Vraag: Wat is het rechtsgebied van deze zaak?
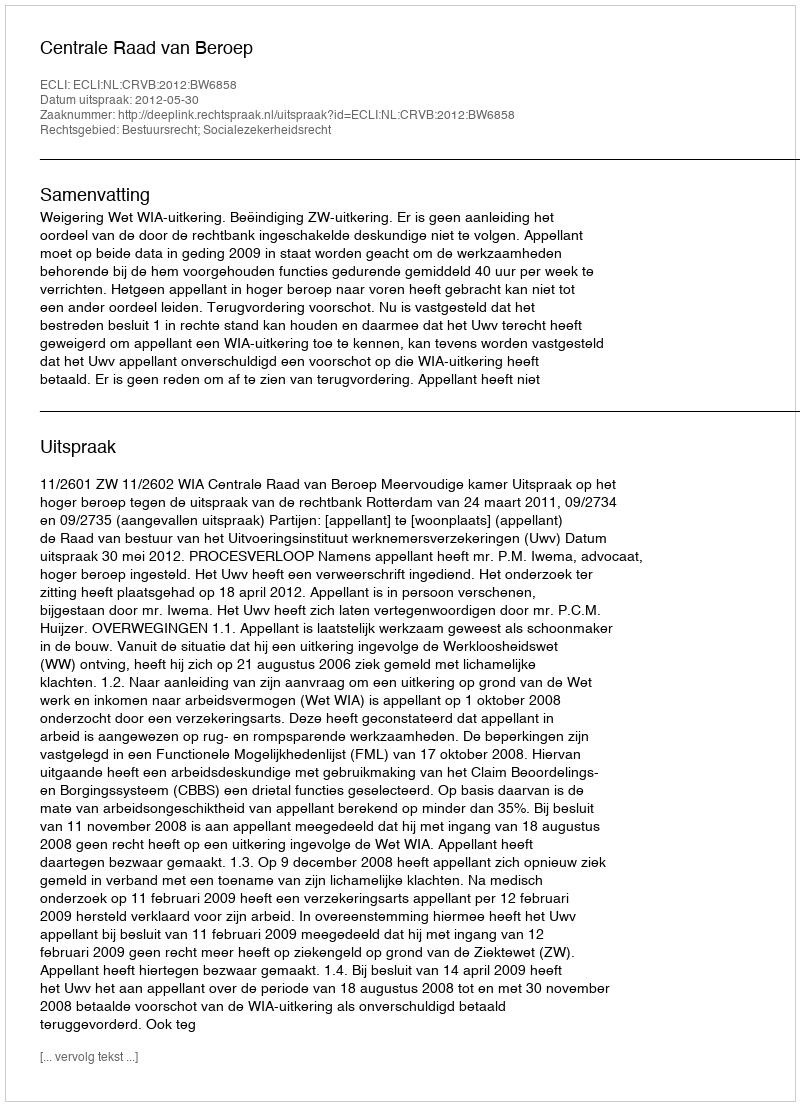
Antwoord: Bestuursrecht; Socialezekerheidsrecht